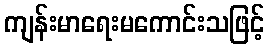
ကျန်းမာရေးမကောင်းသဖြင့်